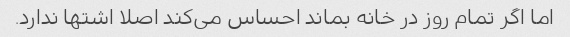
اما اگر تمام روز در خانه بماند احساس می‌کند اصلا اشتها ندارد.